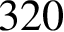
3 2 0